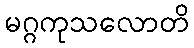
မဂ္ဂကုသလောတိ